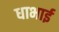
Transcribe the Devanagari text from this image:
धाभाई